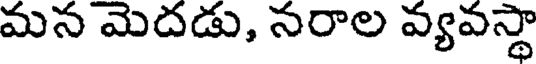
మన మెదడు, నరాల వ్యవస్థా